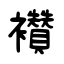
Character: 襸